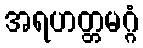
အရဟတ္တမဂ္ဂံ